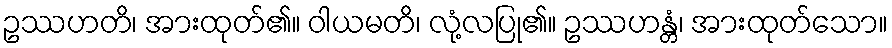
ဥဿဟတိ၊ အားထုတ်၏။ ဝါယမတိ၊ လုံ့လပြု၏။ ဥဿဟန္တံ၊ အားထုတ်သော။